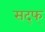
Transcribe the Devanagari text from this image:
सद्फ्